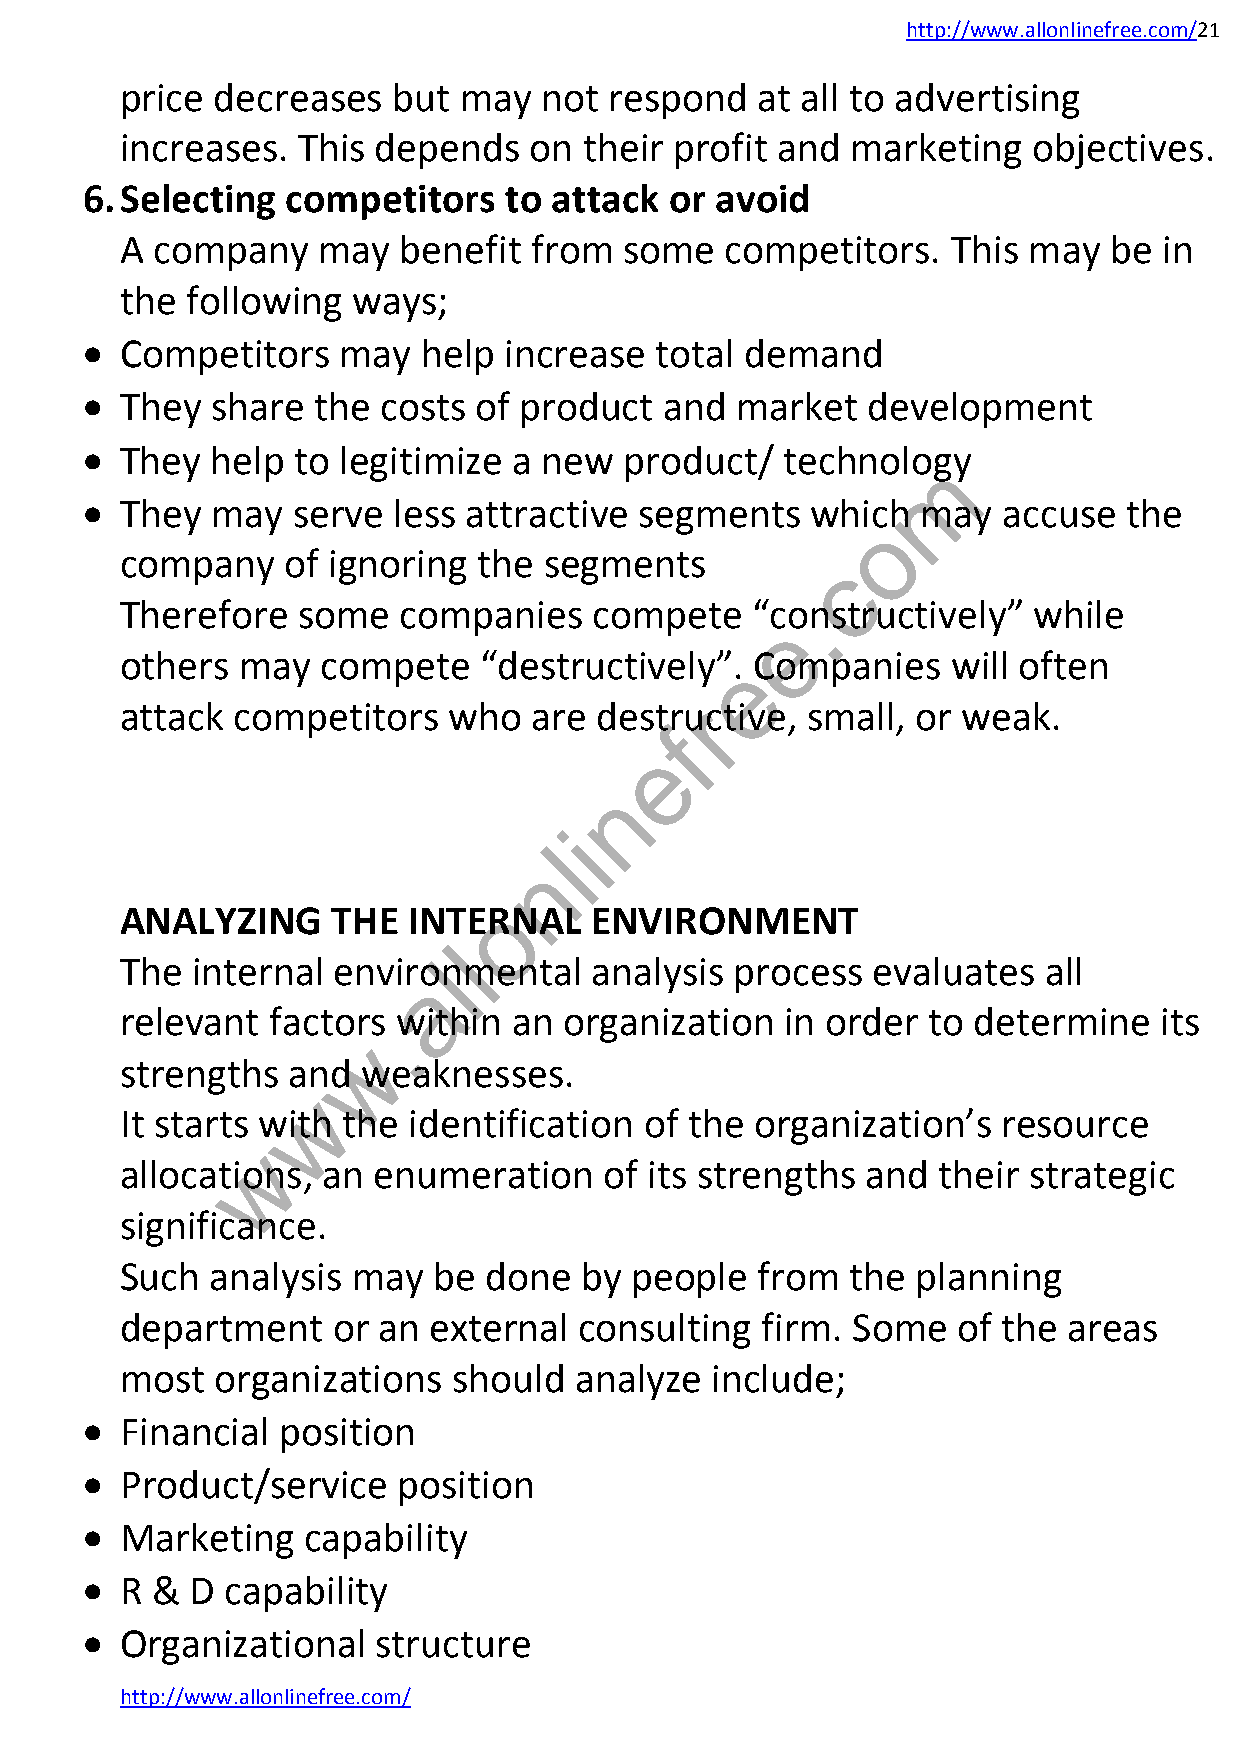
http://www.allonlinefree.com/21
 price decreases   but may   not respond   at all to advertising
 increases.  This depends   on  their profit and marketing   objectives.
 6. Selecting  competitors   to  attack or avoid
 A company    may  benefit  from  some   competitors.   This may  be  in
 the following  ways;
   Competitors    may  help increase  total demand
   They  share  the costs  of product  and  market  development
   They  help  to legitimize a new  product/   technology
 m
   They  may  serve  less attractive segments    which  may  accuse   the
 o
 company    of ignoring  the segments
 c
 .
 Therefore   some  companies    compete    “constructively”  while
 e
 others  may  compete    “destructively”e. Companies    will often
 r
 attack competitors    who  are  destructive, small,  or weak.
 f
 e
 n
 i
 l
 n
 o
 ANALYZING     THE  INTERNAL    ENVIRONMENT
 l
 The  internal envirolnmental   analysis  process  evaluates  all
 a
 relevant  factors. within an organization   in order to determine    its
 w
 strengths  and  weaknesses.
 w
 It starts with the identification  of the organization’s  resource
 w
 allocations, an  enumeration    of its strengths and  their strategic
 significance.
 Such  analysis may   be done  by  people  from  the  planning
 department    or an external  consulting  firm. Some   of the  areas
 most  organizations   should  analyze  include;
   Financial position
   Product/service   position
   Marketing   capability
   R &  D capability
   Organizational   structure
 http://www.allonlinefree.com/